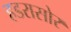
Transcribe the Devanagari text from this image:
हडरासोर